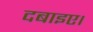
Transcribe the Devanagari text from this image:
दबाइए।